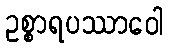
ဥစ္စာရပဿာဝေါ